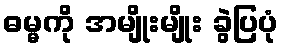
ဓမ္မကို အမျိုးမျိုး ခွဲပြပုံ